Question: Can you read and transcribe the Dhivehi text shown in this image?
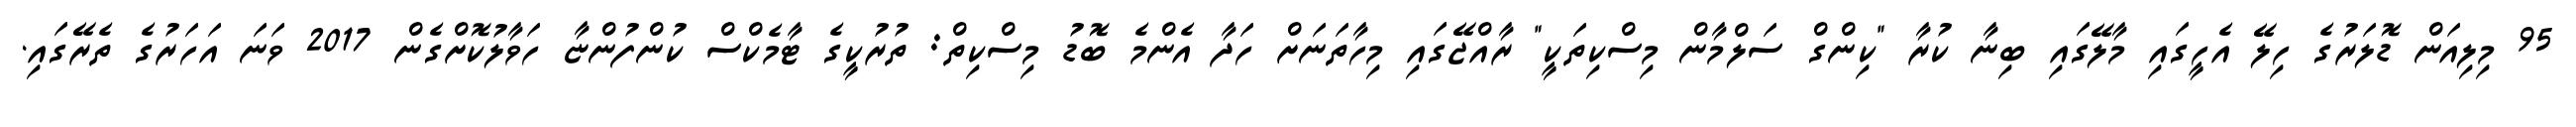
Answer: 95 މިލިއަން ޑޮލަރުގެ ހިލޭ އެހީގައި މާލޭގައި ބިނާ ކުރާ "ކިންގް ސަލްމާން މިސްކިތަކީ" ރާއްޖޭގައި މިހާތަނަށް ހަދާ އެންމެ ބޮޑު މިސްކިތް: ތުރުކީގެ ޓާމެކްސް ކުންފުންޏާ ހަވާލުކޮށްގެން 2017 ވަނަ އަހަރުގެ ތެރޭގައި.